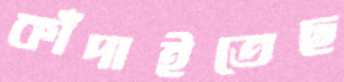
কাঁদাইতেছ